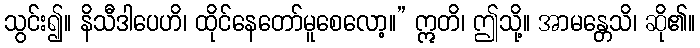
သွင်း၍။ နိသီဒါပေဟိ၊ ထိုင်နေတော်မူစေလော့။” ဣတိ၊ ဤသို့။ အာမန္တေသိ၊ ဆို၏။